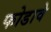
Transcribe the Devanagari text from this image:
फोडावे